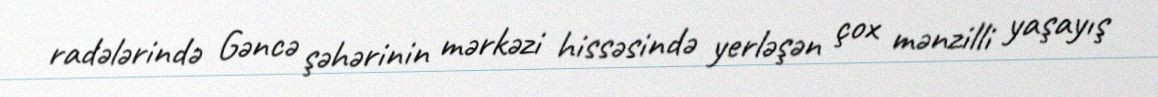
radələrində Gəncə şəhərinin mərkəzi hissəsində yerləşən çox mənzilli yaşayış